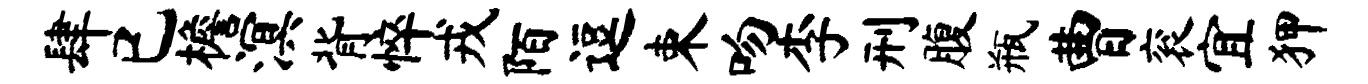
肆已檐溟背悴戎陌逗束吻李刑腹瓶曹衮宜狎